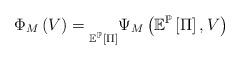
LaTeX: \begin{align*}\Phi_{M}\left(V\right)=\underset{\mathbb{E}^{\mathbb{P}}\left[\Pi\right]}{}\Psi_{M}\left(\mathbb{E}^{\mathbb{P}}\left[\Pi\right],V\right)\end{align*}